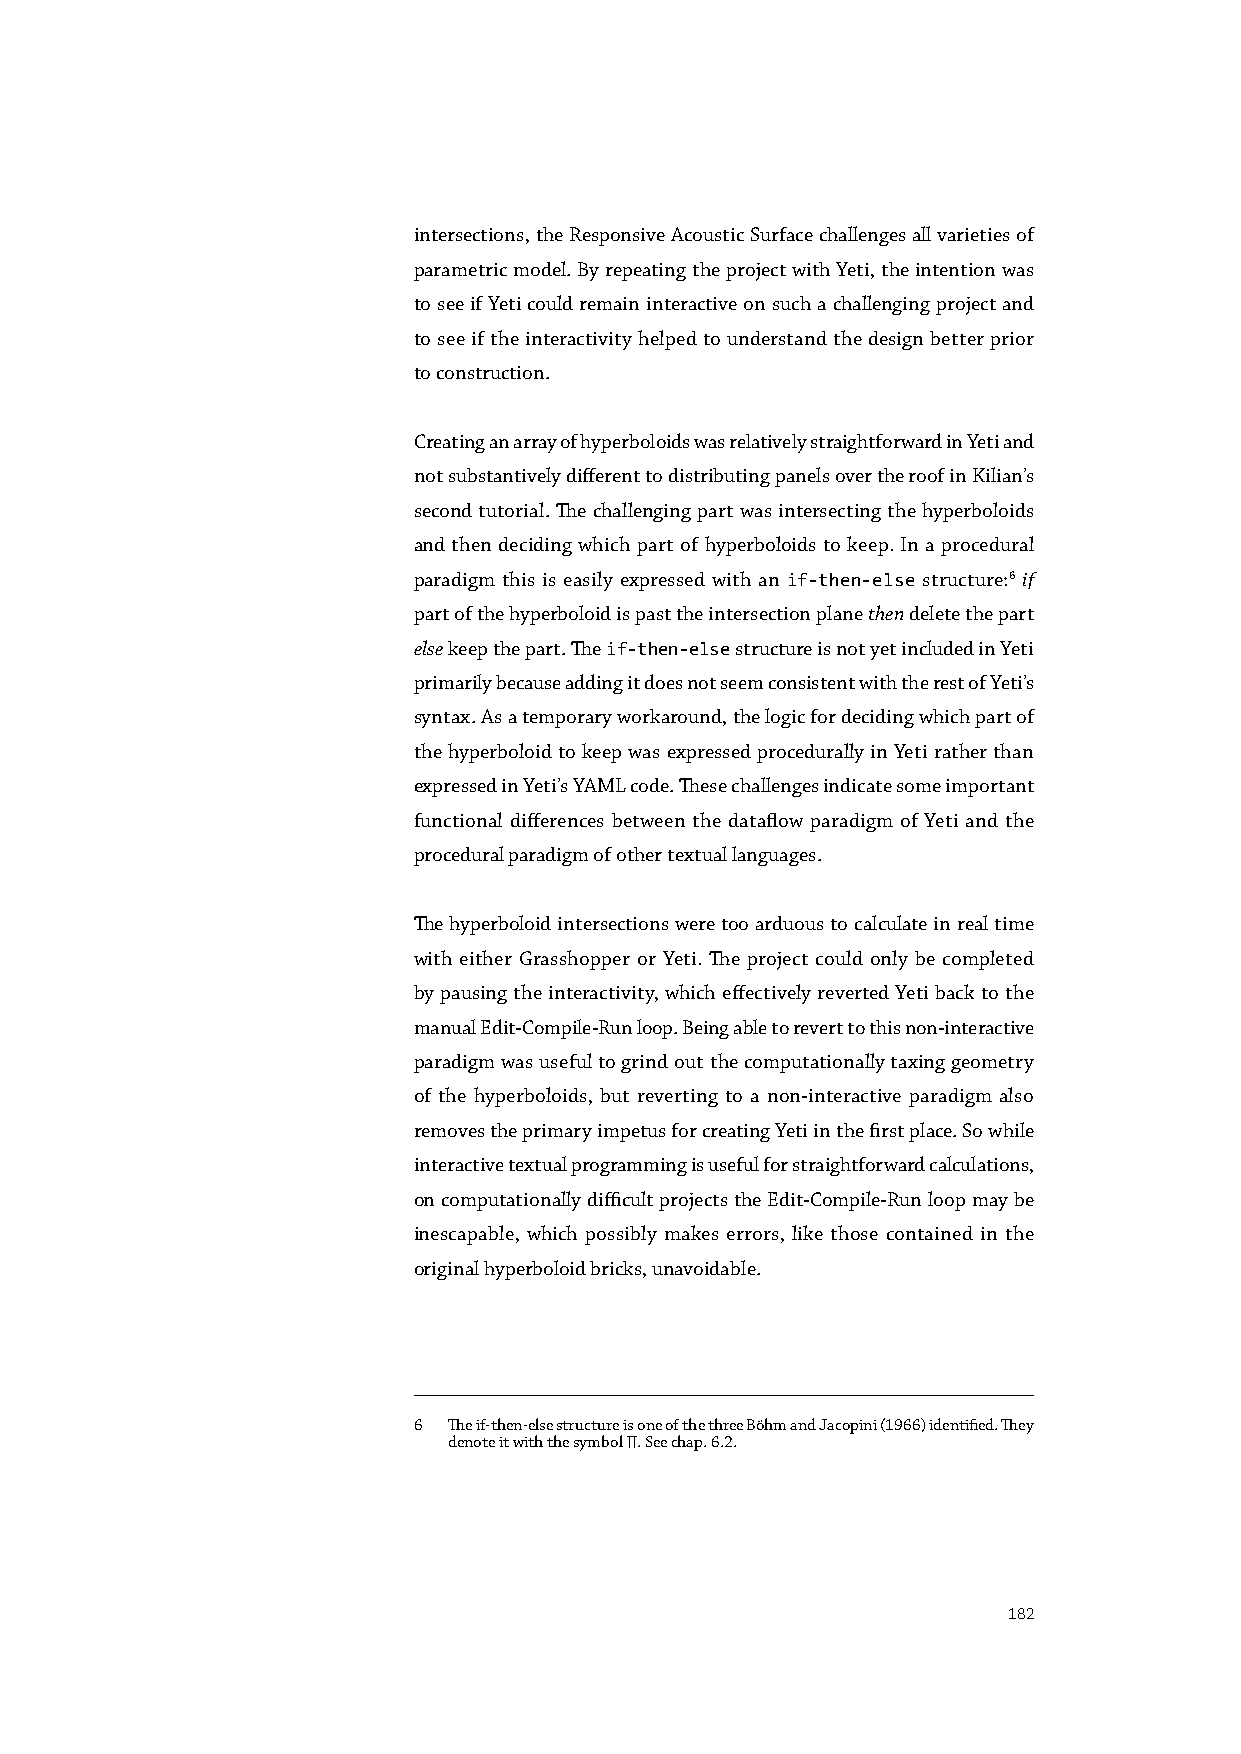
intersections, the Responsive Acoustic Surface challenges all varieties of
 parametric model. By repeating the project with Yeti, the intention was
 to see if Yeti could remain interactive on such a challenging project and
 to see if the interactivity helped to understand the design better prior
 to construction.
 Creating an array of hyperboloids was relatively straightforward in Yeti and
 not substantively different to distributing panels over the roof in Kilian’s
 second tutorial. The challenging part was intersecting the hyperboloids
 and then deciding which part of hyperboloids to keep. In a procedural
 paradigm this is easily expressed with an if-then-else structure:6 if
 part of the hyperboloid is past the intersection plane then delete the part
 else keep the part. The if-then-else structure is not yet included in Yeti
 primarily because adding it does not seem consistent with the rest of Yeti’s
 syntax. As a temporary workaround, the logic for deciding which part of
 the hyperboloid to keep was expressed procedurally in Yeti rather than
 expressed in Yeti’s YAML code. These challenges indicate some important
 functional differences between the dataflow paradigm of Yeti and the
 procedural paradigm of other textual languages.
 The hyperboloid intersections were too arduous to calculate in real time
 with either Grasshopper or Yeti. The project could only be completed
 by pausing the interactivity, which effectively reverted Yeti back to the
 manual Edit-Compile-Run loop. Being able to revert to this non-interactive
 paradigm was useful to grind out the computationally taxing geometry
 of the hyperboloids, but reverting to a non-interactive paradigm also
 removes the primary impetus for creating Yeti in the first place. So while
 interactive textual programming is useful for straightforward calculations,
 on computationally difficult projects the Edit-Compile-Run loop may be
 inescapable, which possibly makes errors, like those contained in the
 original hyperboloid bricks, unavoidable.
 6  The if-then-else structure is one of the three Böhm and Jacopini (1966) identified. They
 denote it with the symbol ∏. See chap. 6.2.
 182